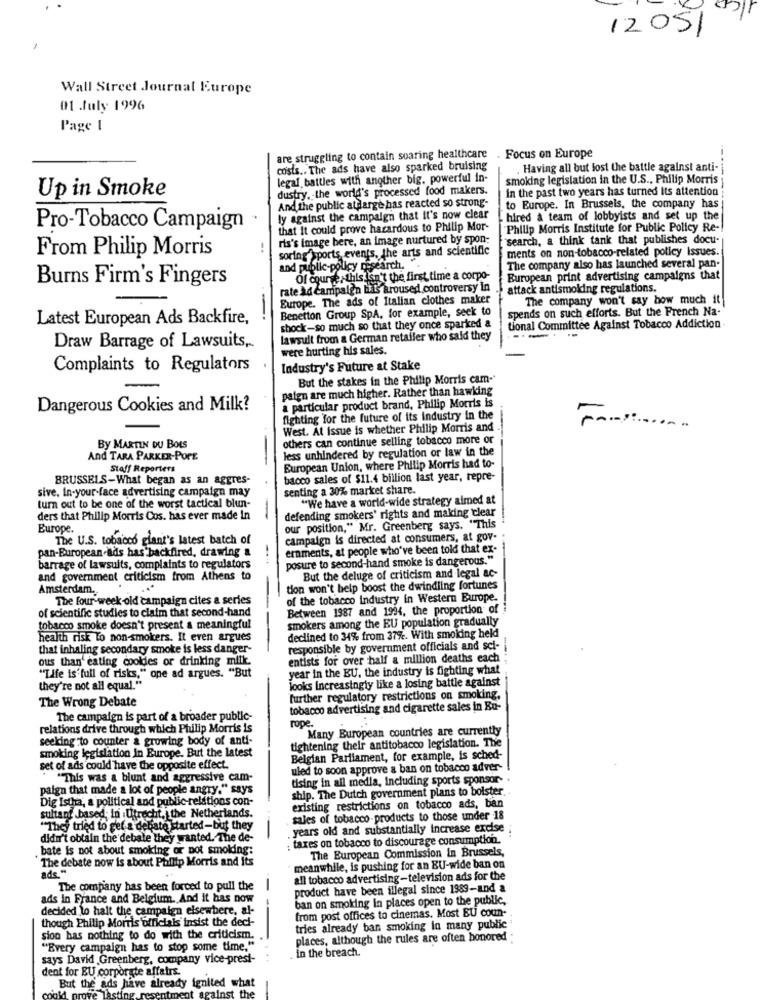
12051
Wall Street Journal Europe
01 July 1996
Page I
are struggling to contain soaring healthcare
Focus on Europe
costs .. The ads have also sparked bruising
, Having all but lost the battle against anti-
legal battles with another big, powerful in-
smoking legislation in the U.S ., Philip Morris
dustry. the world's processed food makers.
In the past two years has turned Its attention
Up in Smoke
And the public atdarge bas reacted so strong-
to Europe. In Brussels, the company has
ly against the campaign that it's now clear
hired a team of lobbyists and set up the
Pro-Tobacco Campaign
that it could prove hazardous to Philip Mor-
Philip Morris Institute for Public Policy Re-
ris's image bere, an image nurtured by spon-
search, a think tank that publishes docu-
From Philip Morris
-.
soring sports events, the arts and scientific
ments on non-tobacco-related policy Issues.
and public-policy misearch. ".
The company also has launched several pan.
Burns Firm's Fingers
Of course,this Isn't the first time a corpo-
European print advertising campaigns that
rate ad Campaign bids aroused controversy In
attack antismoking regulations.
Europe. The ads of Italian clothes maker
The company won't say how much it
Benetton Group SpA. for example, seek to
spends on such efforts. But the French Na-
Latest European Ads Backfire,
shock-so much so that they once sparked a
tional Committee Against Tobacco Addiction -
lawsuit from a German retailer who said they
Draw Barrage of Lawsuits,
were hurting his sales.
Complaints to Regulators
Industry's Future at Stake
But the stakes in the Philip Morris cam-
paign are much higher. Rather than hawking
a particular product brand, Philip Morris is
Dangerous Cookies and Milk?
fighting for the future of its industry in the
West. At issue is whether Philip Morris and
others can continue selling tobacco more or
By MARTIN DU BOIS
less unhindered by regulation or law in the
And TARA PARKER-POPE.
Staff Reporters
European Union, where Philip Morris had to-
BRUSSELS-What began as an aggres-
bacco sales of $11.4 billion last year, repre-
sive. In-your-face advertising campaign may
senting a 30% market share.
"We have a world-wide strategy aimed at
turn out to be one of the worst tactical blun-
-
defending smokers' rights and making clear
ders that Philip Morris Cos. has ever made In
Europe.
our position," Mr. Greenberg says. "This
The U.S. tobacco glant's latest batch of
campaign is directed at consumers, at gov.
pan-European-ads has backfired, drawing &
ernments, at people who've been told that ex-
posure to second-hand smoke is dangerous."
barrage of lawsuits, complaints to regulators
and government criticism from Athens to
But the deluge of criticism and legal ac-
Amsterdam.
tion won't help boost the dwindling fortunes
The four-week old campaign cites a series
of the tobacco industry in Western Europe.
Between 1987 and 1994, the proportion of
of scientific studies to claim that second-hand
smokers among the EU population gradually
tobacco smoke doesn't present a meaningful
health risk to non-smokers. It even argues
declined to 34% from 37%. With smoking held
that inhaling secondary smoke is less danger-
responsible by government officials and sci-
ous than' eating cooldes or drinking milk.
entists for over half a million deaths each
year in the EU, the industry is fighting what
"Tife is full of risks," one ad argues. "But
looks Increasingly like a losing battle against
they're not all equal."
Further regulatory restrictions on smoking,
The Wrong Debate
tobacco advertising and cigarette sales in Eu-
The campaign is part of a broader public-
relations drive through which Philip Morris is
rope.
Many European countries are currently
seeking to counter & growing body of anti-
tightening their antitobacco legislation. The
smoking legislation in Europe. But the latest
Belgian Parliament, for example, is sched-
set of ads could have the opposite effect.
uled to soon approve a ban on tobacco adver-
"This was a blunt and aggressive cam-
tising in all media, Including sports sponsor- .
paign that made a lot of people angry." says
ship. The Dutch government plans to bolster.
Dig Istha, a political and public-relations con-
existing restrictions on tobacco ads, ban
sultant based; in Utrecht, the Netherlands.
sales of tobacco products to those under 18
"They tried to get a debate started-but they
years old and substantially increase excise
didn't obtain the debate they wanted. The de-
: taxes on tobacco to discourage consumption.
bate is not about smoking or pot smolding:
The European Commission In Brussels,
The debate now is about Phillip Morris and Its
ade -
meanwhile, is pushing for an EU-wide ban on
all tobacco advertising-television ads for the
The company has been forced to pull the
product have been illegal since 1989-and a
ads in France and Belgium. And It has now
ban on smoking in places open to the public,
decided to halt the campaign elsewhere, al-
from post offices to cinemas. Most BU coun-
though Philip Morris officials insist the decl-
tries already ban smoking in many public
sion has nothing to do with the criticism.
places, although the rules are often honored
"Every campaign has to stop some time."
in the breach.
says David Greenberg, company vice-presi-
dent for BU corporate affairs.
But the ads have already ignited what